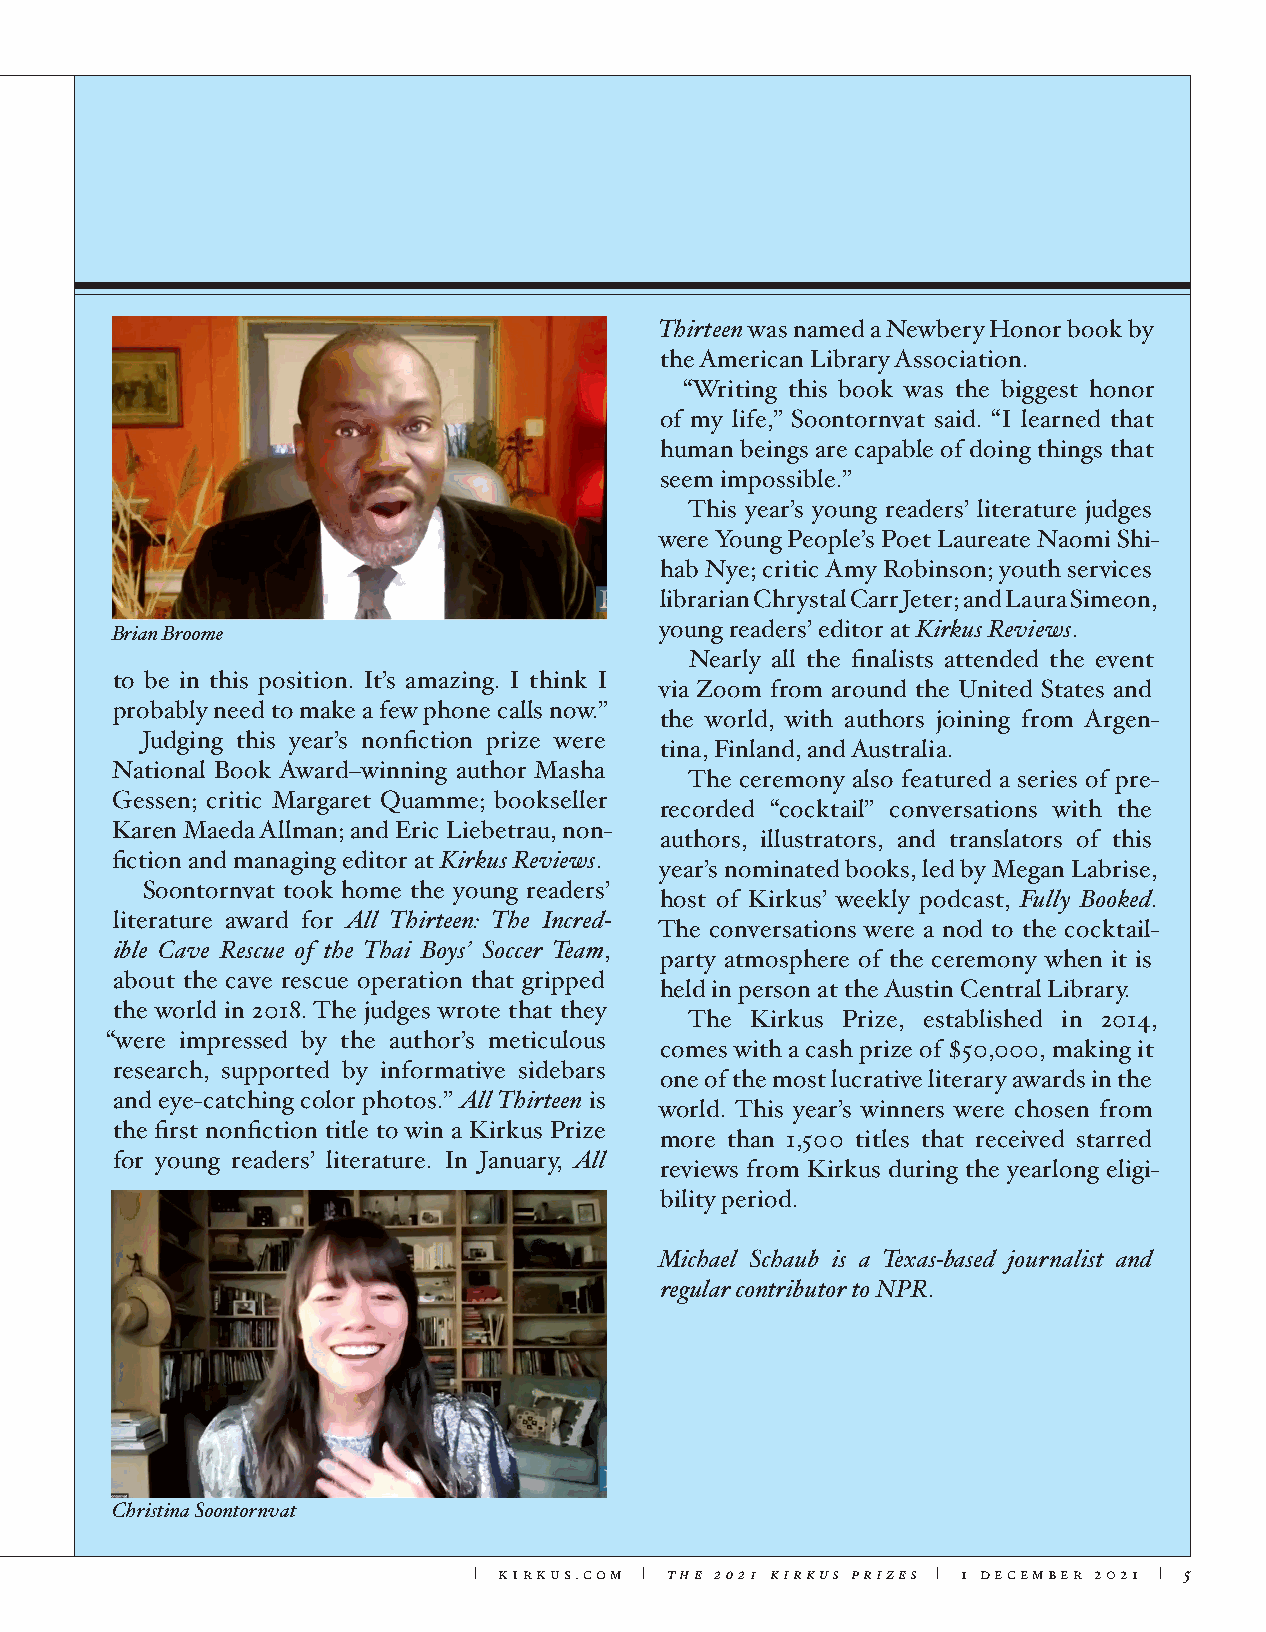
Thirteen was named a Newbery Honor book by
 the American Library Association.
 “Writing this book was the biggest honor
 of my life,” Soontornvat said. “I learned that
 human beings are capable of doing things that
 seem impossible.”
 This year’s young readers’ literature judges
 were Young People’s Poet Laureate Naomi Shi-
 hab Nye; critic Amy Robinson; youth services
 librarian Chrystal Carr Jeter; and Laura Simeon,
 Brian Broome                         young readers’ editor at Kirkus Reviews.
 Nearly all the finalists attended the event
 to be in this position. It’s amazing. I think I
 via Zoom from around the United States and
 probably need to make a few phone calls now.”
 the world, with authors joining from Argen-
 Judging this year’s nonfiction prize were
 tina, Finland, and Australia.
 National Book Award–winning author Masha
 The ceremony also featured a series of pre-
 Gessen; critic Margaret Quamme; bookseller
 recorded “cocktail” conversations with the
 Karen Maeda Allman; and Eric Liebetrau, non-
 authors, illustrators, and translators of this
 fiction and managing editor at Kirkus Reviews. year’s nominated books, led by Megan Labrise,
 Soontornvat took home the young readers’
 host of Kirkus’ weekly podcast, Fully Booked.
 literature award for All Thirteen: The Incred- The conversations were a nod to the cocktail-
 ible Cave Rescue of the Thai Boys’ Soccer Team, party atmosphere of the ceremony when it is
 about the cave rescue operation that gripped
 held in person at the Austin Central Library.
 the world in 2018. The judges wrote that they
 The Kirkus Prize, established in 2014,
 “were impressed by the author’s meticulous
 comes with a cash prize of $50,000, making it
 research, supported by informative sidebars
 one of the most lucrative literary awards in the
 and eye-catching color photos.” All Thirteen is world. This year’s winners were chosen from
 the first nonfiction title to win a Kirkus Prize
 more than 1,500 titles that received starred
 for young readers’ literature. In January, All reviews from Kirkus during the yearlong eligi-
 bility period.
 Michael Schaub is a Texas-based journalist and
 regular contributor to NPR.
 Christina Soontornvat
 | kirkus.com | the 2021 kirkus prizes | 1 december 2021 | 5